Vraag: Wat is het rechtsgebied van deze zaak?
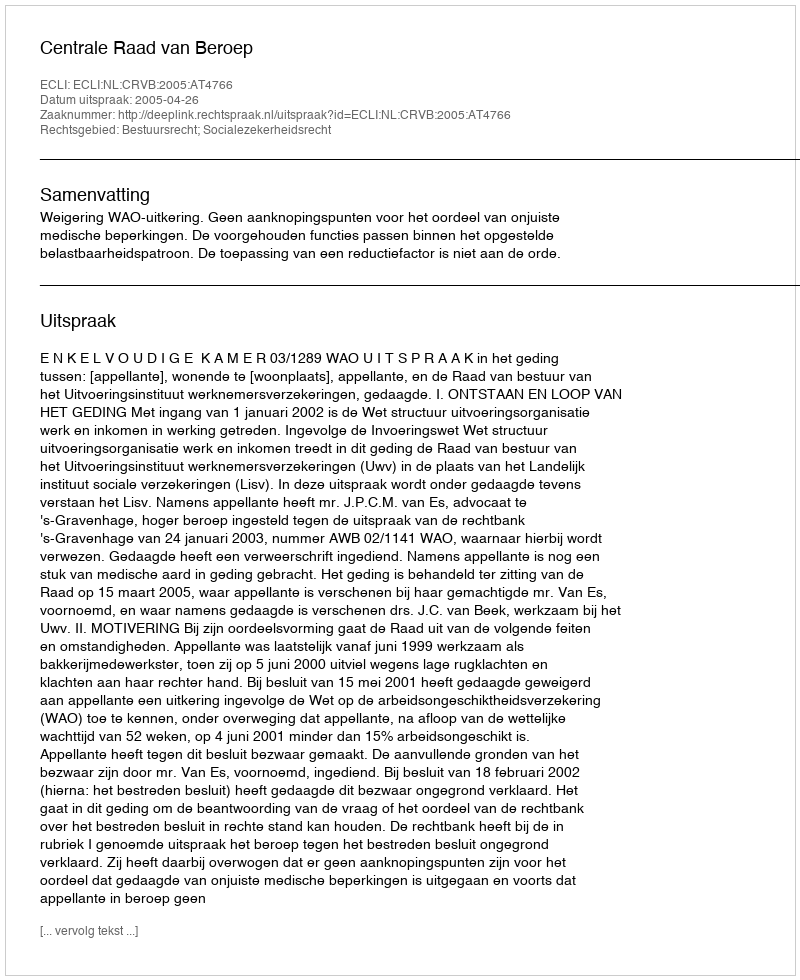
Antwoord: Bestuursrecht; Socialezekerheidsrecht